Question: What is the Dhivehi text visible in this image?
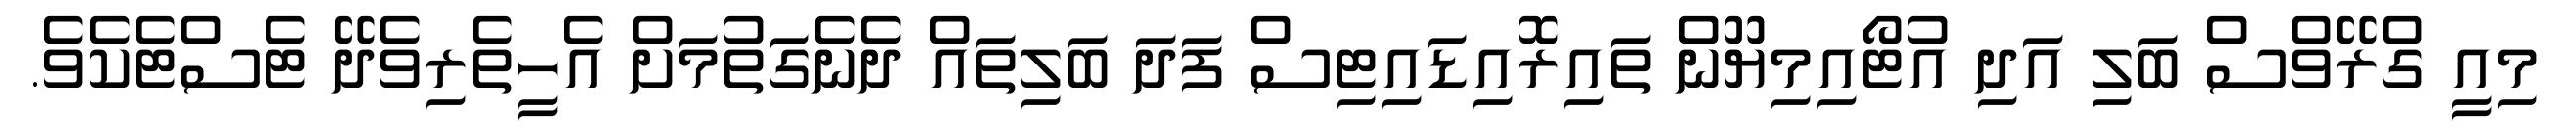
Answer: މިއީ ގްރޭވްސް ބަލި އަދި އުޓޯއިމިޔޫން ތައިރޮއިޑައިޓިސް ފަދަ ބަލިތައް ދެނެގަތުމަށް އެހީތެރިވެދޭ ޓެސްޓެކެވެ.